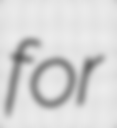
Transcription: for